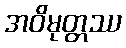
အဝိမုတ္တဿ